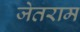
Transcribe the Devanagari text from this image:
जेतराम